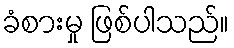
ခံစားမှု ဖြစ်ပါသည်။